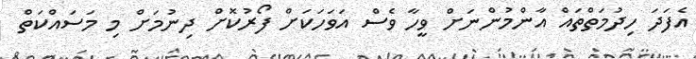
އެފަދަ ހިދުމަތްތައް އާންމުންނަށް ވީހާ ވެސް އަވަހަކަށް ފޯރުކޮށް ދިނުމަށް މި މަސައްކަތް